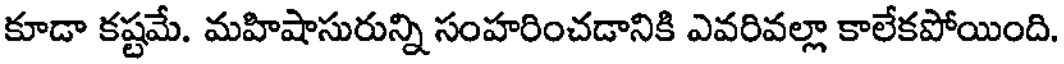
కూడా కష్టమే. మహిషాసురున్ని సంహరించడానికి ఎవరివల్లా కాలేకపోయింది